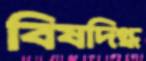
বিষদিগ্ধ